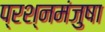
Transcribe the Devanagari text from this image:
प्रश्नमंजुषा